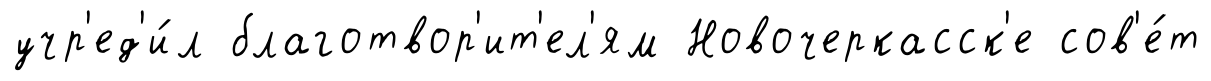
учр'ед'и́л благотвор'ит'ел'ям Новочеркасск'е сов'е́т